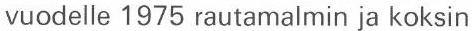
vuodelle 1975 rautamalmin ja koksin